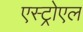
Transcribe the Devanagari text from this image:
एस्ट्रोएल